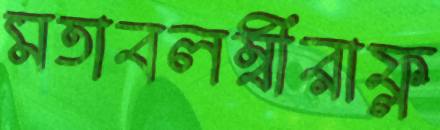
মতাবলম্বীরাফ্ল